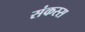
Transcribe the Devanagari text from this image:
संकस्स